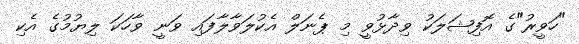
"ހަވީރު"ގެ އޮފިޝަލަކު ވިދާޅުވީ މި ޕެނަލް އެކުލަވާލާފައި ވަނީ ވާހަކަ ލިޔުމުގެ އެކި